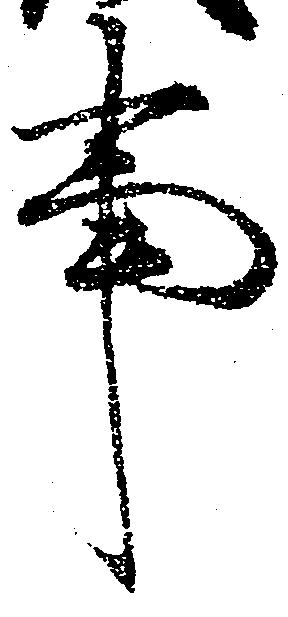
事